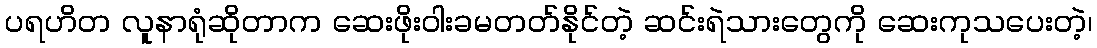
ပရဟိတ လူနာရုံဆိုတာက ဆေးဖိုးဝါးခမတတ်နိုင်တဲ့ ဆင်းရဲသားတွေကို ဆေးကုသပေးတဲ့၊